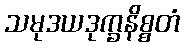
သမုဒယဒုက္ခနိစ္စတံ